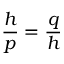
{ \frac { h } { p } } = { \frac { q } { h } }